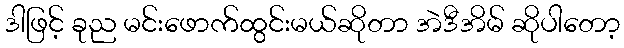
ဒါဖြင့် ခုည မင်းဖောက်ထွင်းမယ်ဆိုတာ အဲဒီအိမ် ဆိုပါတော့